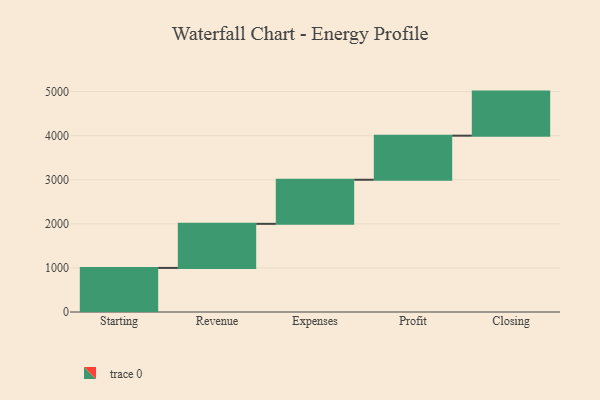
{"axis": {"x": "Step", "y": "Value"}, "legend": [""], "data": [{"x": "Starting", "y": 1000, "type": ""}, {"x": "Revenue", "y": 1000, "type": ""}, {"x": "Expenses", "y": 1000, "type": ""}, {"x": "Profit", "y": 1000, "type": ""}, {"x": "Closing", "y": 1000, "type": ""}]}